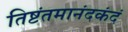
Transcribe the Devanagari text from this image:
तिष्टंतमानंदकंदं